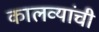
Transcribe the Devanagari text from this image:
कालव्यांची